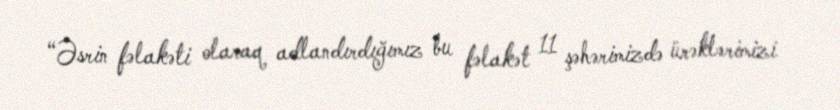
“Əsrin fəlakəti olaraq adlandırdığımız bu fəlakət 11 şəhərimizdə ürəklərimizi